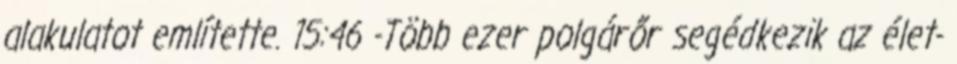
alakulatot említette. 15:46 -Több ezer polgárőr segédkezik az élet-